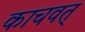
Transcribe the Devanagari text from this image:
काचवत्